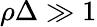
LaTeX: \rho\Delta\gg 1